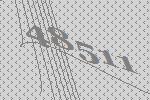
48511